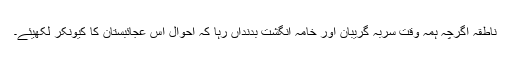
ناطقہ اگرچہ ہمہ وقت سربہ گریبان اور خامہ انگشت بدنداں رہا کہ احوال اس عجائبِستان کا کیونکر لکھیئے۔